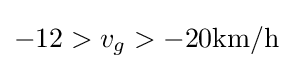
-12>v_{g}>-20{\mbox{km/h}}